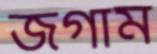
জগাম